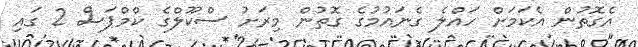
އެގޮތުން އެކަމަށް ހައްލެ ގެނައުމުގެ ގޮތުން މިރަށު ސްކޫލްގެ ކްމްޕަސް 2 ގައި